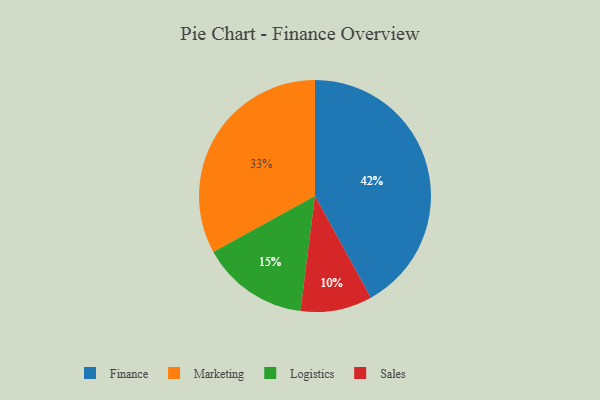
{"axis": {"x": "Category", "y": "Percentage"}, "legend": ["Finance", "Logistics", "Marketing", "Sales"], "data": [{"x": "Logistics", "y": 15, "type": "Logistics"}, {"x": "Finance", "y": 42, "type": "Finance"}, {"x": "Marketing", "y": 33, "type": "Marketing"}, {"x": "Sales", "y": 10, "type": "Sales"}]}